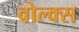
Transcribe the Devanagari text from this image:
वोल्क्स